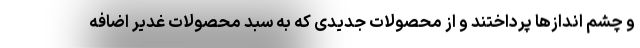
و چشم اندازها پرداختند و از محصولات جدیدی که به سبد محصولات غدیر اضافه